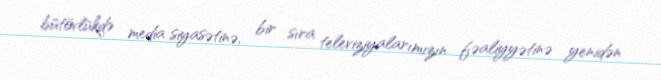
bütövlükdə media siyasətinə, bir sıra televiziyalarımızın fəaliyyətinə yenidən